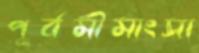
পূর্বমীমাংসা